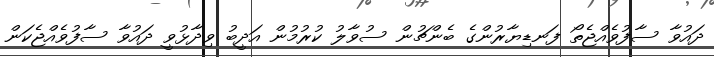
ދައުވާ ސާފުވެއްޖެތޯ ފަނޑިޔާރުންގެ ބެންޗުން ސުވާލު ކުރުމުން އަދީބު ވިދާޅުވީ ދައުވާ ސާފުވެއްޖެކަން